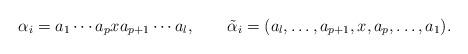
LaTeX: \begin{align*}\alpha_i=a_1 \cdots a_p x a_{p+1} \cdots a_l,\quad\quad\tilde{\alpha}_i=(a_l,\dots,a_{p+1},x,a_p,\dots,a_1).\end{align*}